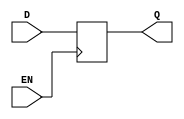
// ================================================================
// NVDLA Open Source Project
// 
// Copyright(c) 2016 - 2017 NVIDIA Corporation.  Licensed under the
// NVDLA Open Hardware License; Check "LICENSE" which comes with 
// this distribution for more information.
// ================================================================


module  LNQD1PO4 (
	 D
	,EN
	,Q
	);

input	 D ;
input	 EN ;
output	 Q ;


reg Q;
always @(negedge EN)
    Q <= D;

endmodule